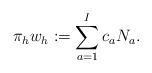
LaTeX: \begin{align*} \pi_h w_h := \sum_{a=1}^I c_a N_a.\end{align*}